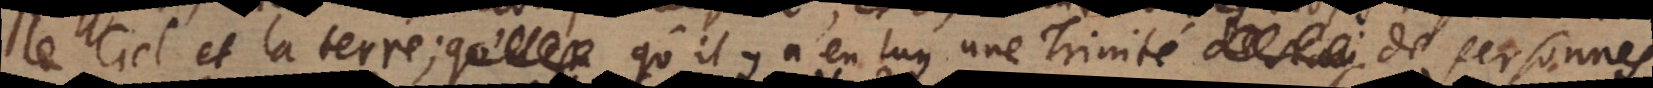
le ciel et la terre; qu’il y a en luy une Trinité de Personnes,